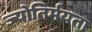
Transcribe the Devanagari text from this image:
ज्योतिर्मयता